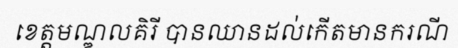
ខេត្តមណ្ឌលគិរី បានឈានដល់កើតមានករណី